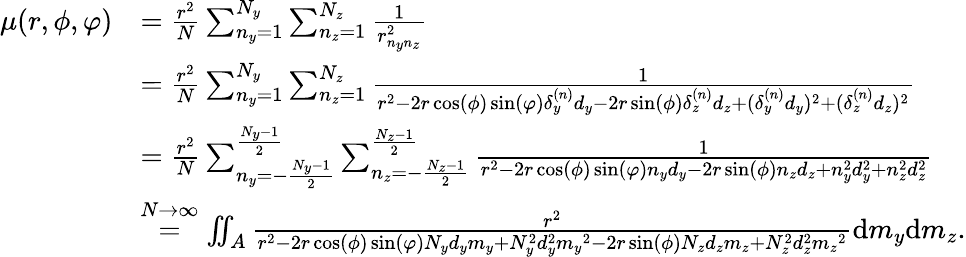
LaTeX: \begin{array}{rl}{\mu(r,\phi,\varphi)}&{=\frac{r^{2}}{N}\sum_{n_{y}=1}^{N_{y}}\sum_{n_{z}=1}^{N_{z}}\frac{1}{r_{n_{y}n_{z}}^{2}}}\\ &{=\frac{r^{2}}{N}\sum_{n_{y}=1}^{N_{y}}\sum_{n_{z}=1}^{N_{z}}\frac{1}{r^{2}-2r\cos(\phi)\sin(\varphi)\delta_{y}^{(n)}d_{y}-2r\sin(\phi)\delta_{z}^{(n)}d_{z}+(\delta_{y}^{(n)}d_{y})^{2}+(\delta_{z}^{(n)}d_{z})^{2}}}\\ &{=\frac{r^{2}}{N}\sum_{n_{y}=-\frac{N_{y}-1}{2}}^{\frac{N_{y}-1}{2}}\sum_{n_{z}=-\frac{N_{z}-1}{2}}^{\frac{N_{z}-1}{2}}\frac{1}{r^{2}-2r\cos(\phi)\sin(\varphi)n_{y}d_{y}-2r\sin(\phi)n_{z}d_{z}+n_{y}^{2}d_{y}^{2}+n_{z}^{2}d_{z}^{2}}}\\ &{\overset{N\rightarrow\infty}{=}\iint_{A}\frac{r^{2}}{r^{2}-2r\cos(\phi)\sin(\varphi)N_{y}d_{y}{m_{y}}+N_{y}^{2}d_{y}^{2}{m_{y}}^{2}-2r\sin(\phi)N_{z}d_{z}{m_{z}}+N_{z}^{2}d_{z}^{2}{m_{z}}^{2}}\mathrm{d}{m_{y}}\mathrm{d}{m_{z}}.}\end{array}